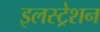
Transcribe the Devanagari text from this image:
इलस्ट्रेशन